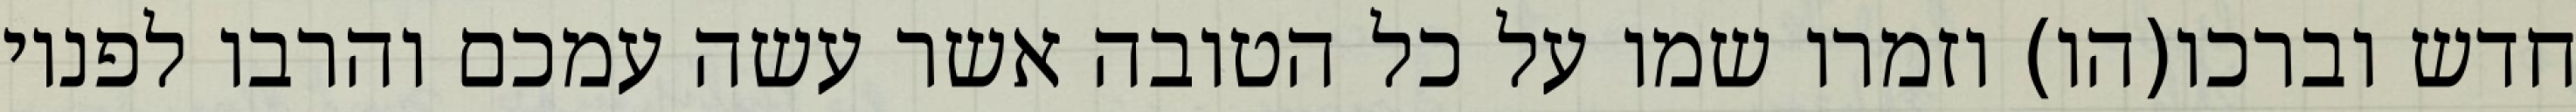
חדש וברכו(הו) וזמרו שמו על כל הטובה אשר עשה עמכם והרבו לפניו